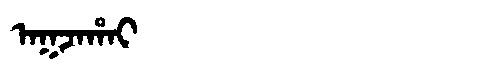
Manchu: ᠠᡴᠵᠠᡥᠠᡳ
Romanization: AKJAHAI